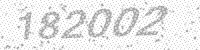
Solution: 182002